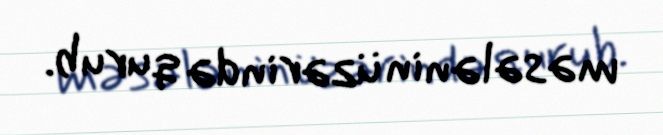
məsələnin üzərində qurub.